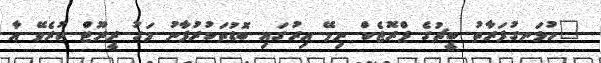
"ހުޅަނގުފަރާތު ބީޗުގެ ޕްރޮޖެކް ނިމޭ އިރުގައި ބޮޑުތަކުރުފާނު މަގު ރީރޫޓް ކުރެވޭ އާ